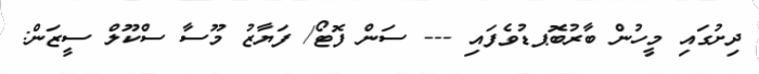
ދިށުގައި މީހުން ބާރުބޮޕޑުވެފައި --- ސަން ފޮޓޯ/ ފަޔާޒު މޫސާ ސްކޫލް ސީޒަން: